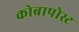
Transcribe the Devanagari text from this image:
कोब्रापोस्ट